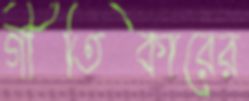
গীতিকারের